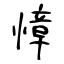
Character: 慞